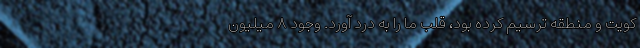
کویت و منطقه ترسیم کرده بود، قلب ما را به درد آورد. وجود ۸ میلیون